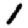
Digit: 1